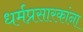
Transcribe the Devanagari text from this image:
धर्मप्रसारकांना